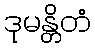
ဒုမန္တိတံ